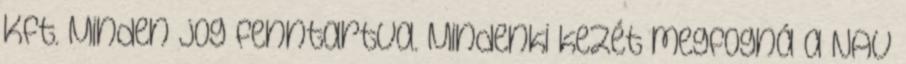
Kft. Minden jog fenntartva. Mindenki kezét megfogná a NAV